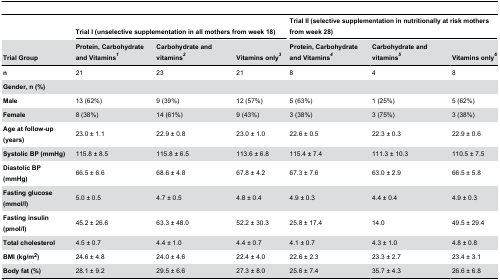
|  | <COLSPAN=3> Trial I (unselective supplementation in all mothers from week 18) | <COLSPAN=3> Trial II (selective supplementation in nutritionally at risk mothers from week 28) |
 | Trial Group | Protein, Carbohydrate and Vitamins1 | Carbohydrate and vitamins2 | Vitamins only3 | Protein, Carbohydrate and Vitamins4 | Carbohydrate and vitamins5 | Vitamins only6 |
 | --- | --- | --- | --- | --- | --- | --- |
 | n | 21 | 23 | 21 | 8 | 4 | 8 |
 | Gender, n (%) |  |  |  |  |  |  |
 | Male | 13 (62%) | 9 (39%) | 12 (57%) | 5 (63%) | 1 (25%) | 5 (62%) |
 | Female | 8 (38%) | 14 (61%) | 9 (43%) | 3 (38%) | 3 (75%) | 3 (38%) |
 | Age at follow-up (years) | 23.0 ± 1.1 | 22.9 ± 0.8 | 23.0 ± 1.0 | 22.6 ± 0.5 | 22.3 ± 0.3 | 22.9 ± 0.6 |
 | Systolic BP (mmHg) | 115.8 ± 8.5 | 115.8 ± 6.5 | 113.6 ± 6.8 | 115.4 ± 7.4 | 111.3 ± 10.3 | 110.5 ± 7.5 |
 | Diastolic BP (mmHg) | 66.5 ± 6.6 | 68.6 ± 4.8 | 67.8 ± 4.2 | 67.3 ± 7.6 | 63.0 ± 2.9 | 66.5 ± 5.8 |
 | Fasting glucose (mmol/l) | 5.0 ± 0.5 | 4.7 ± 0.5 | 4.8 ± 0.4 | 4.9 ± 0.3 | 4.4 ± 0.4 | 4.9 ± 0.3 |
 | Fasting insulin (pmol/l) | 45.2 ± 26.6 | 63.3 ± 48.0 | 52.2 ± 30.3 | 25.8 ± 17.4 | 14.0 | 49.5 ± 29.4 |
 | Total cholesterol | 4.5 ± 0.7 | 4.4 ± 1.0 | 4.4 ± 0.7 | 4.1 ± 0.7 | 4.3 ± 1.0 | 4.8 ± 0.8 |
 | BMI (kg/m2) | 24.6 ± 4.8 | 24.0 ± 4.6 | 22.4 ± 4.0 | 22.6 ± 2.3 | 23.3 ± 2.7 | 23.4 ± 3.1 |
 | Body fat (%) | 28.1 ± 9.2 | 29.5 ± 6.6 | 27.3 ± 8.0 | 25.6 ± 7.4 | 35.7 ± 4.3 | 26.6 ± 6.8 |